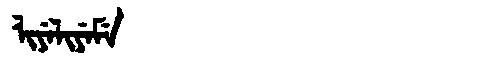
Manchu: ᠯᡳᠶᡝᠯᡳᠶᡝᠮᡝ
Romanization: LIYELIYEME